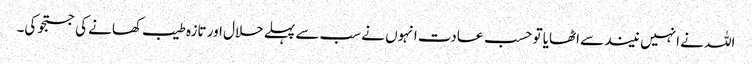
اللہ نے انہیں نیند سے اٹھایا تو حسب عادت انہوں نے سب سے پہلے حلال اور تازہ طیب کھانے کی جستجو کی۔